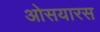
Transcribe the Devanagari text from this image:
ओसयारस